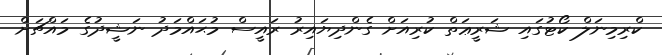
ކްރިމިނަލް ކޯޓުގައި ޝަރީޢަތް ކުރިއަށް ގެންދިޔައިރު ރައީސް މުޙައްމަދު ނަޝީދުގެ މައްޗަށް